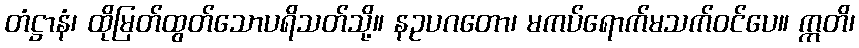
တံဋ္ဌာနံ၊ ထိုမြတ်ထွတ်သောပရိသတ်သို့။ နဥပဂတော၊ မကပ်ရောက်မသက်ဝင်ပေ။ ဣတိ၊